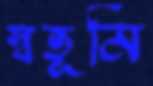
স্বভূমি